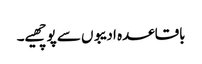
باقاعدہ ادیبوں سے پوچھیے۔